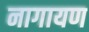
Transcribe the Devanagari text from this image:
नागायण